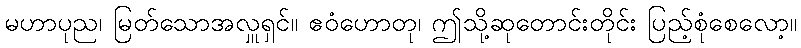
မဟာပုည၊ မြတ်သောအလှူရှင်။ ဧဝံဟောတု၊ ဤသို့ဆုတောင်းတိုင်း ပြည့်စုံစေလော့။